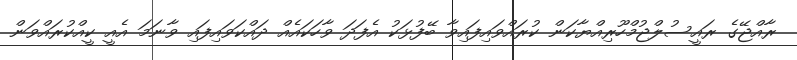
ރާއްޖޭގެ ރައީސުލްޖުމްހޫރިއްޔާކަން ކުރައްވައިފައިވާ ބޭފުޅަކު އެފަދަ ވާހަކައެއް ދައްކަވައިފައި ވާނަމަ އެއީ ކީއްކުރައްވަން